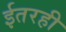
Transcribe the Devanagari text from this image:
ईतरही